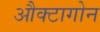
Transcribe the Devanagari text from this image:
औक्टागोन